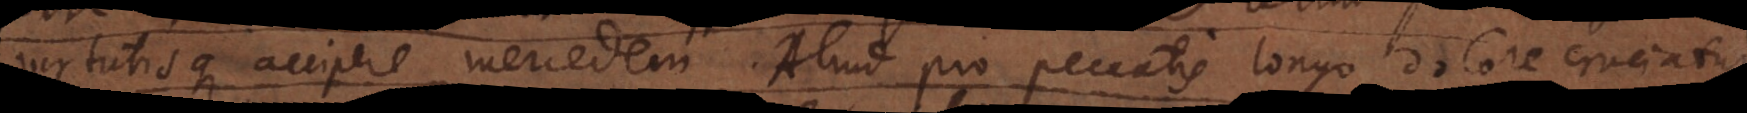
virtutisque accipere mercedem. Aliud pro peccatis longo dolore cruciatu